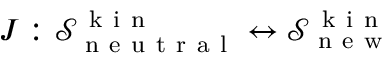
J : \mathcal { S } _ { \mathrm { ~ n ~ e ~ u ~ t ~ r ~ a ~ l ~ } } ^ { \mathrm { ~ k ~ i ~ n ~ } } \leftrightarrow \mathcal { S } _ { \mathrm { ~ n ~ e ~ w ~ } } ^ { \mathrm { ~ k ~ i ~ n ~ } }